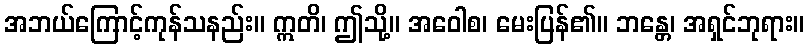
အဘယ်ကြောင့်ကုန်သနည်း။ ဣတိ၊ ဤသို့။ အဝေါစ၊ မေးပြန်၏။ ဘန္တေ၊ အရှင်ဘုရား။